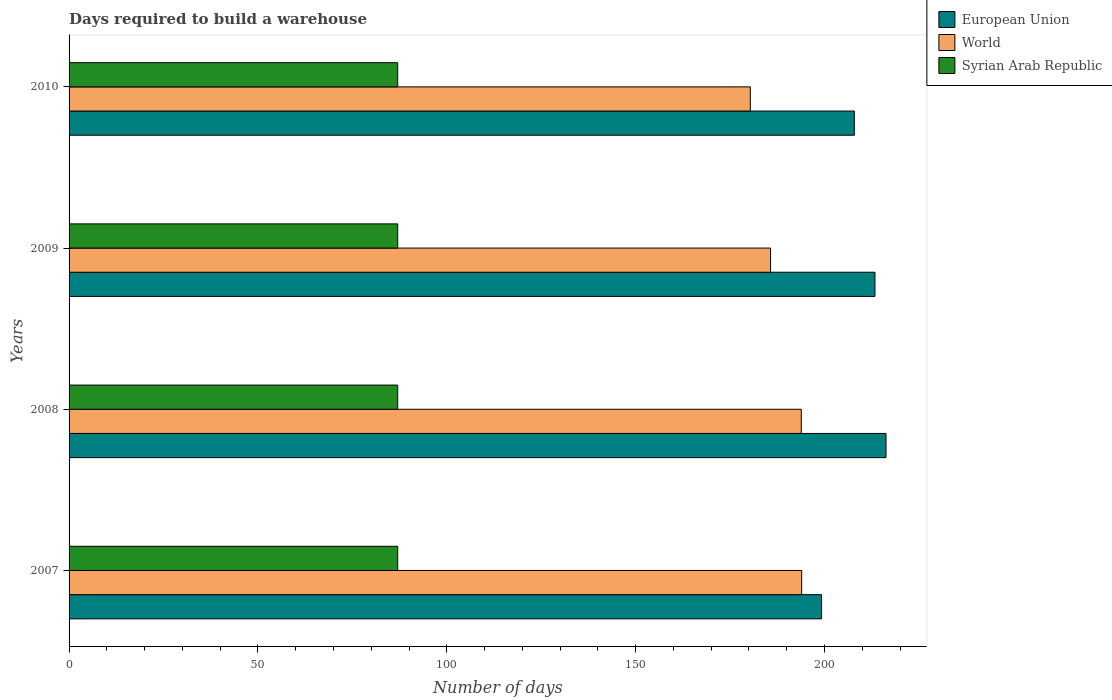
| Years | European Union | World | Syrian Arab Republic |
 | --- | --- | --- | --- |
 | 2007 | 199 | 194 | 87 |
 | 2008 | 216 | 194 | 87 |
 | 2009 | 213 | 186 | 87 |
 | 2010 | 208 | 180 | 87 |